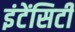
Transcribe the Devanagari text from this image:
इंटेंसिटी